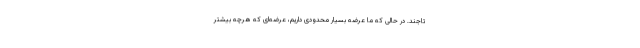
تاجند. در حالی که ما عرضه بسیار محدودی داریم، عرضه‌ای که هرچه بیشتر